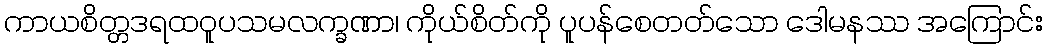
ကာယစိတ္တဒရထဝူပသမလက္ခဏာ၊ ကိုယ်စိတ်ကို ပူပန်စေတတ်သော ဒေါမနဿ အကြောင်း